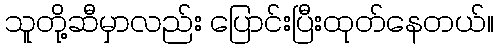
သူတို့ဆီမှာလည်း ပြောင်းပြီးထုတ်နေတယ်။